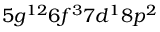
5 g ^ { 1 2 } 6 f ^ { 3 } 7 d ^ { 1 } 8 p ^ { 2 }